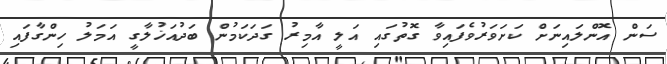
ސަން އޮންލައިނަށް ކަށަވަރުވެފައިވާ ގޮތުގައި އަލީ އާމިރު ގަދަކަމުން ބަދުއަޚުލާގީ އަމަލު ހިންގާފައި